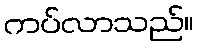
ကပ်လာသည်။